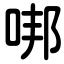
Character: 𠳐